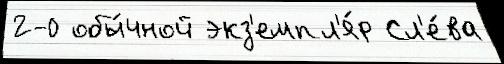
2-0 обы́чной экз'емпл'я́р Сл'е́ва